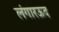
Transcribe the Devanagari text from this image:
लंगारऊद